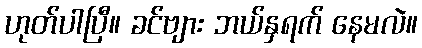
ဟုတ်ပါပြီ။ ခင်ဗျား ဘယ်နှရက် နေမလဲ။